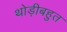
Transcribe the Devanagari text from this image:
थोड़ीबहुत